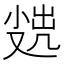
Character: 𡮖